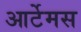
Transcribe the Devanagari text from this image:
आर्टेमस